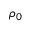
\rho _ { 0 }